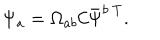
\Psi _ { a } = \Omega _ { a b } { \cal C } \bar { \Psi } ^ { b \ T } .